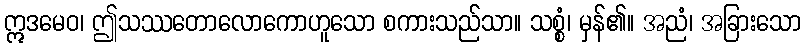
ဣဒမေဝ၊ ဤသဿတောလောကောဟူသော စကားသည်သာ။ သစ္စံ၊ မှန်၏။ အညံ၊ အခြားသော